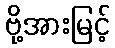
ဗို့အားမြင့်